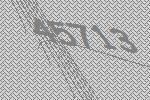
45713